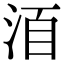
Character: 𣴨